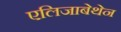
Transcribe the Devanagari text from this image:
एलिजाबेथेन